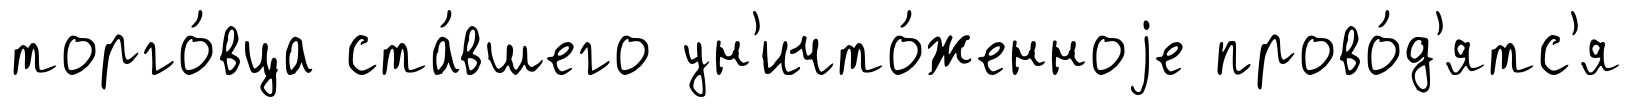
торго́вца ста́вшего ун'ичто́женноjе прово́д'ятс'я